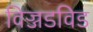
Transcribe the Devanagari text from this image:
विज्जडविड